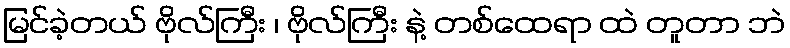
မြင်ခဲ့တယ် ဗိုလ်ကြီး ၊ ဗိုလ်ကြီး နဲ့ တစ်ထေရာ ထဲ တူတာ ဘဲ